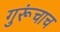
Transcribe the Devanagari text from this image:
गुरूंचाच